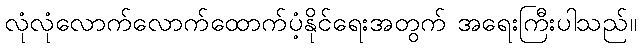
လုံလုံလောက်လောက်ထောက်ပံ့နိုင်ရေးအတွက် အရေးကြီးပါသည်။